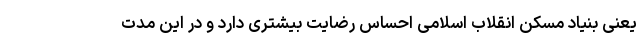
یعنی بنیاد مسکن انقلاب اسلامی احساس رضایت بیشتری دارد و در این مدت